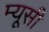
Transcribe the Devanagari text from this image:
म्यूसी